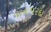
રાનપરદા